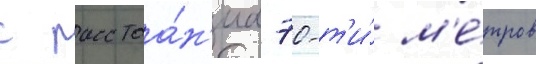
с расстоа́н'иа 70-т'и́ м'е́тров